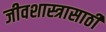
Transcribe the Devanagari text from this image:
जीवशास्त्रासाठी